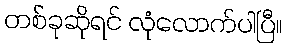
တစ်ခုဆိုရင် လုံလောက်ပါပြီ။